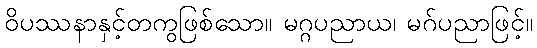
ဝိပဿနာနှင့်တကွဖြစ်သော။ မဂ္ဂပညာယ၊ မဂ်ပညာဖြင့်။